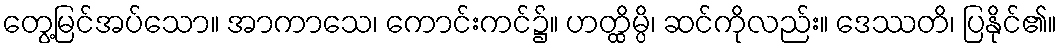
တွေ့မြင်အပ်သော။ အာကာသေ၊ ကောင်းကင်၌။ ဟတ္ထိမ္ပိ၊ ဆင်ကိုလည်း။ ဒေဿတိ၊ ပြနိုင်၏။